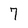
Character: 7